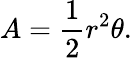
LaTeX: A={\frac{1}{2}}r^{2}\theta.